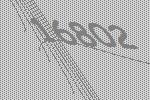
16802